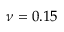
\nu = 0 . 1 5